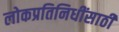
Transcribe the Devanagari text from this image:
लोकप्रतिनिधींसाठी